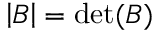
\left| B \right| = \operatorname* { d e t } ( B )